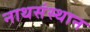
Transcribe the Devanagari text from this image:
नाथसंस्थान